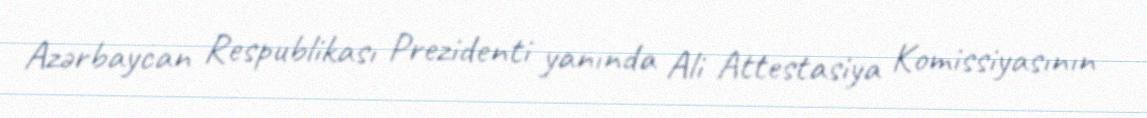
Azərbaycan Respublikası Prezidenti yanında Ali Attestasiya Komissiyasının